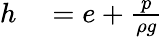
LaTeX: \begin{array}{rl}{h}&{{}=e+{\frac{p}{\rho g}}}\end{array}